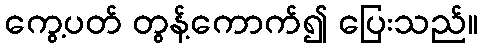
ကွေ့ပတ် တွန့်ကောက်၍ ပြေးသည်။